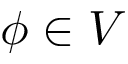
\phi \in V